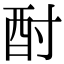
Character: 酎